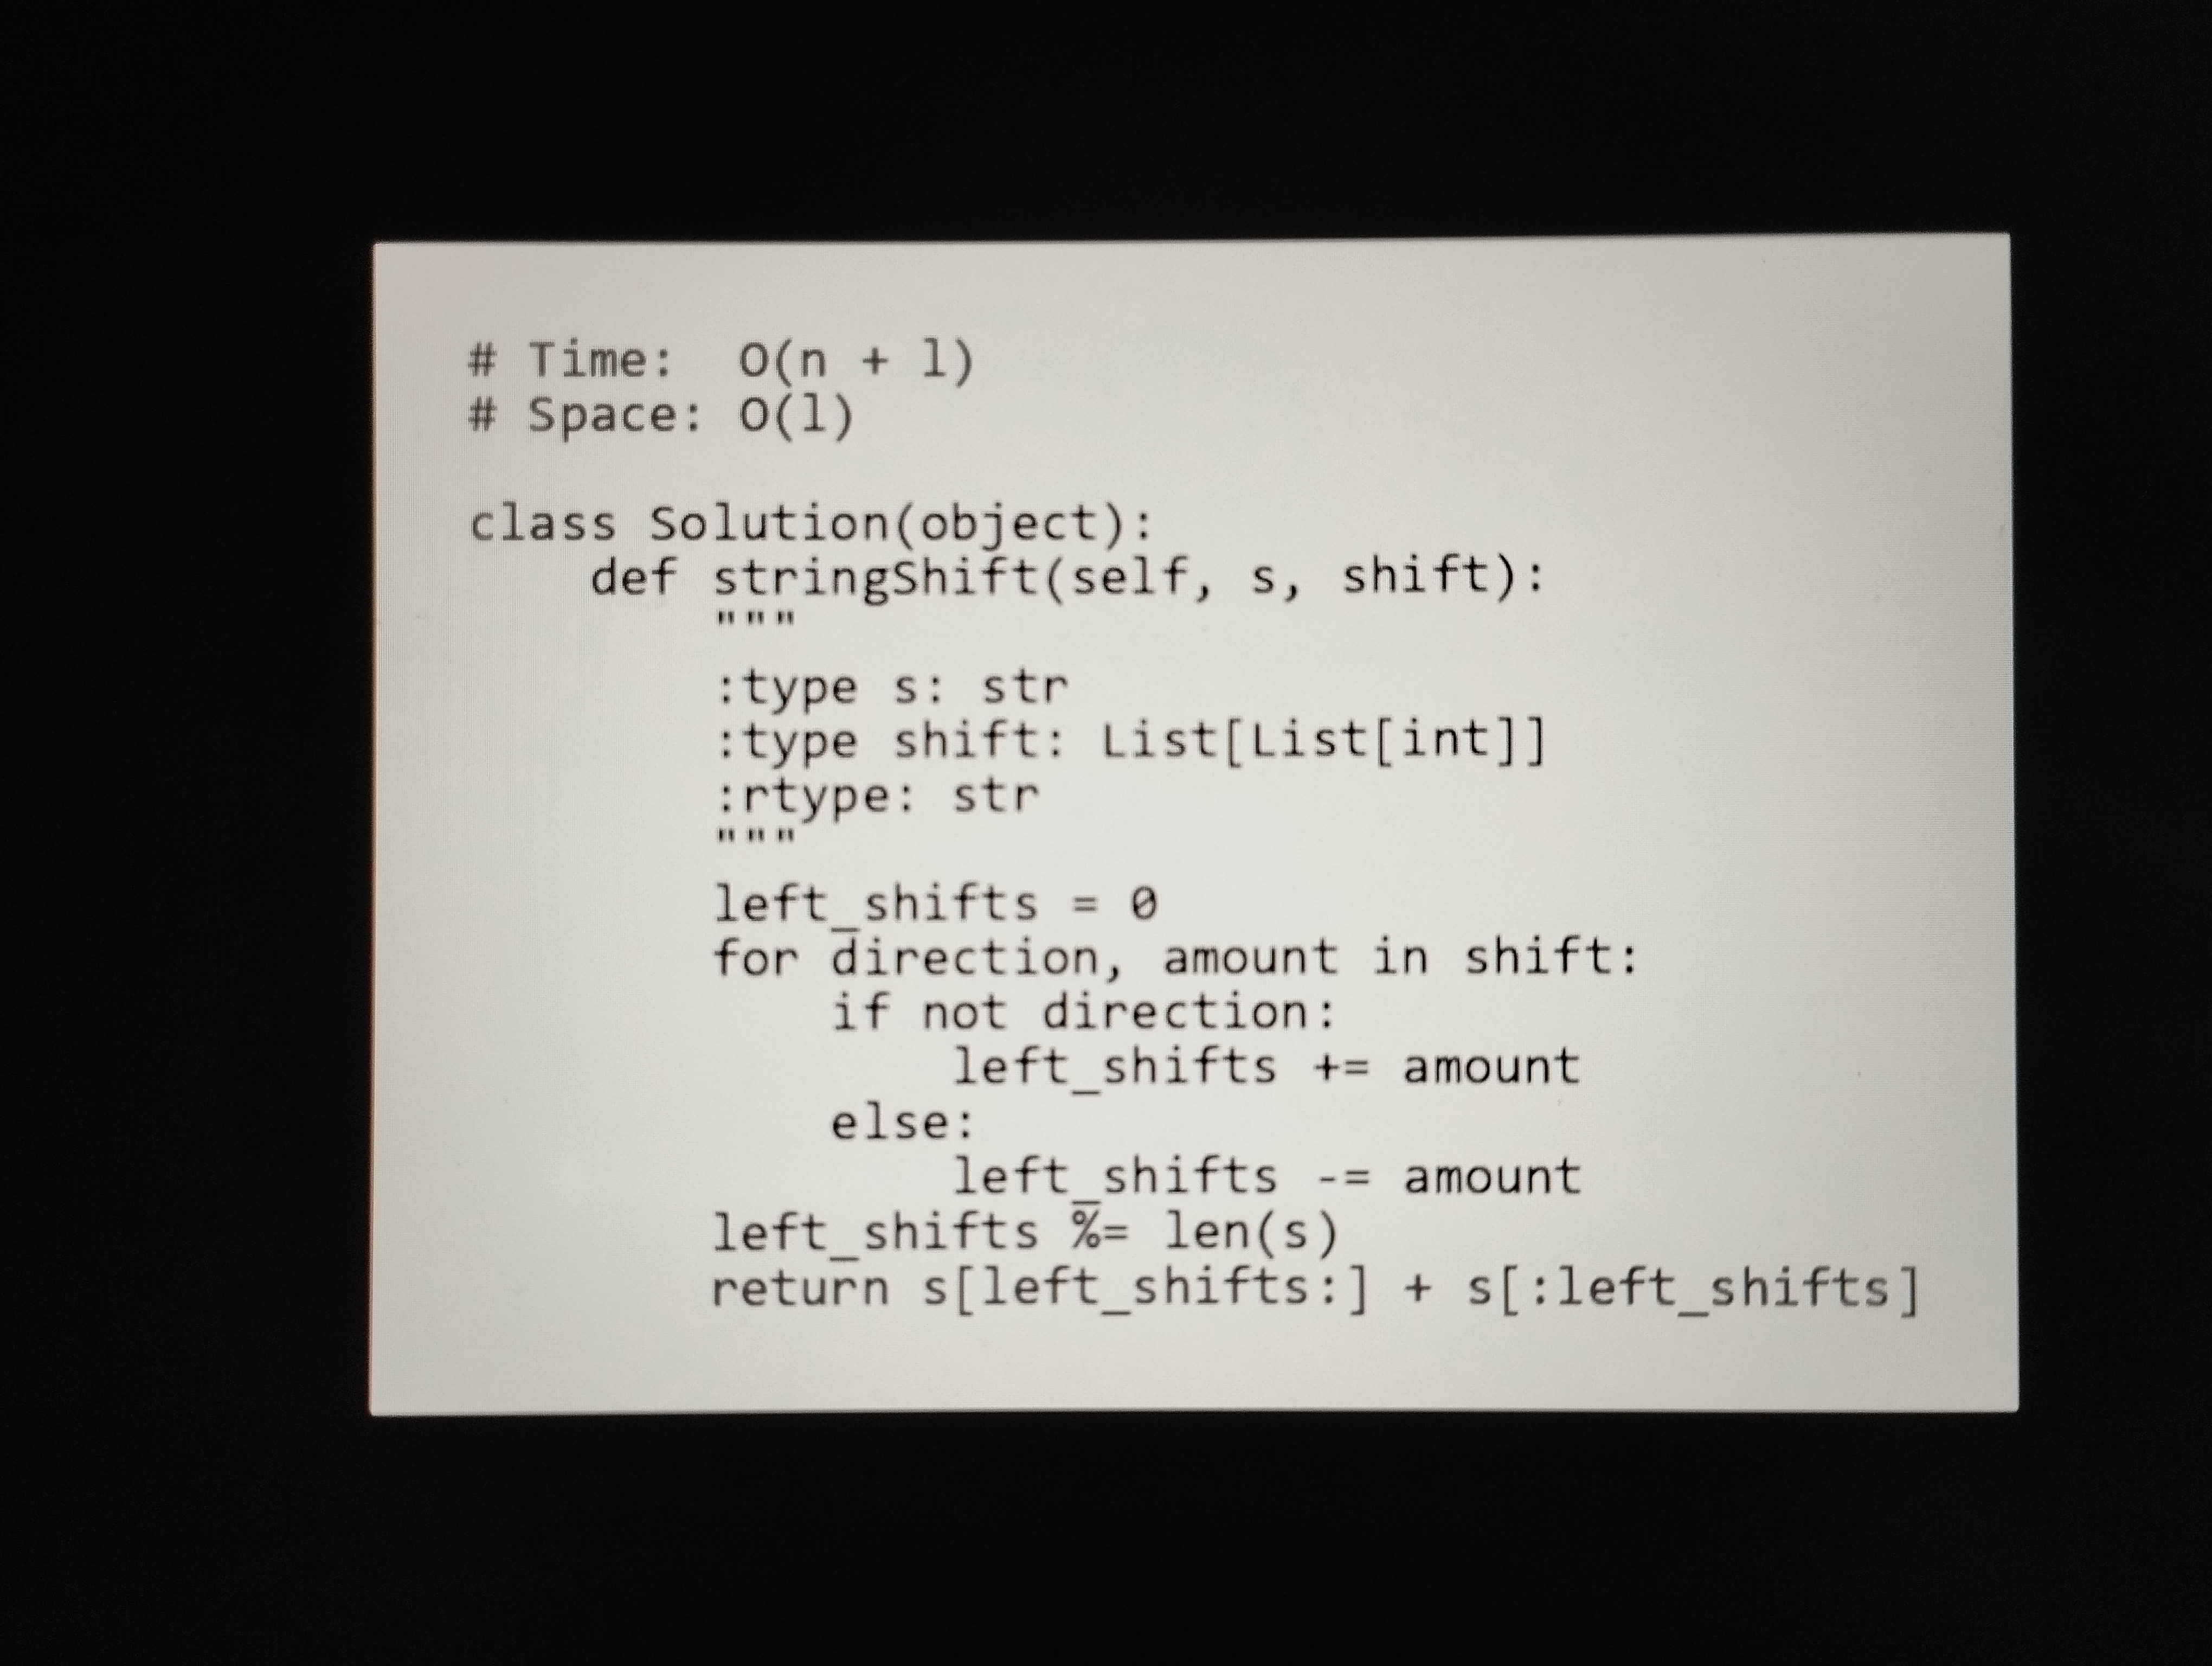
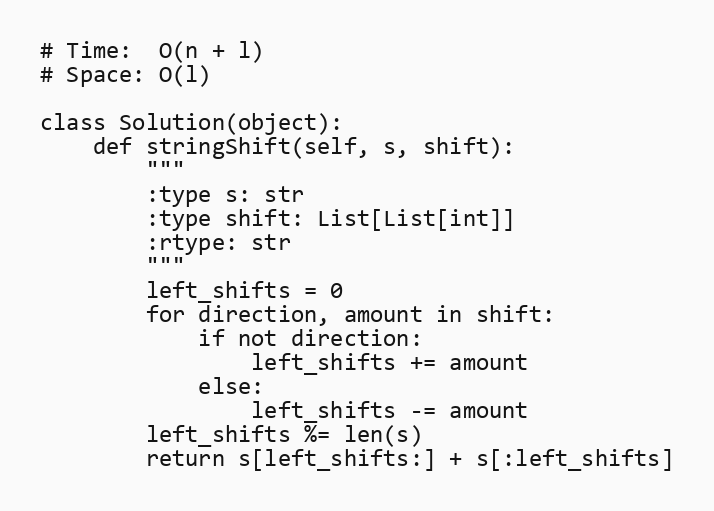
# Time:  O(n + l)
# Space: O(l)

class Solution(object):
    def stringShift(self, s, shift):
        """
        :type s: str
        :type shift: List[List[int]]
        :rtype: str
        """
        left_shifts = 0
        for direction, amount in shift:
            if not direction:
                left_shifts += amount
            else:
                left_shifts -= amount
        left_shifts %= len(s)
        return s[left_shifts:] + s[:left_shifts]